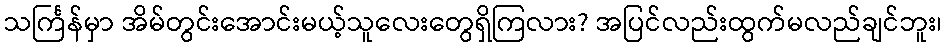
သင်္ကြန်မှာ အိမ်တွင်းအောင်းမယ့်သူလေးတွေရှိကြလား? အပြင်လည်းထွက်မလည်ချင်ဘူး၊